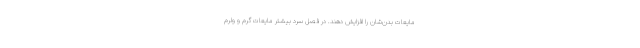
مایعات بدن‌شان را افزایش دهند. در فصل سرد بیشتر مایعات گرم و ولرم